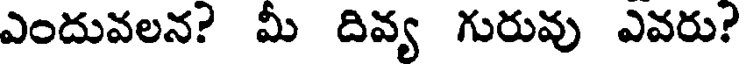
ఎందువలన? మీ దివ్య గురువు ఎవరు?